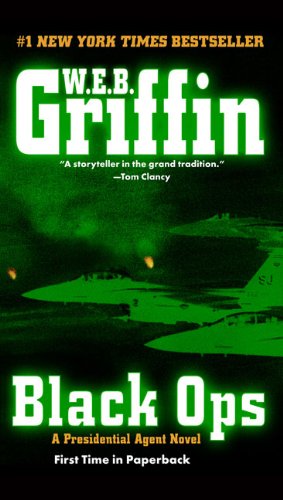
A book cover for Black Ops (Presidential Agent); W.E.B. Griffin; Literature & Fiction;